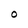
Character: O